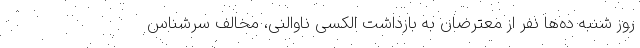
روز شنبه ده‌ها نفر از معترضان به بازداشت الکسی ناوالنی، مخالف سرشناس